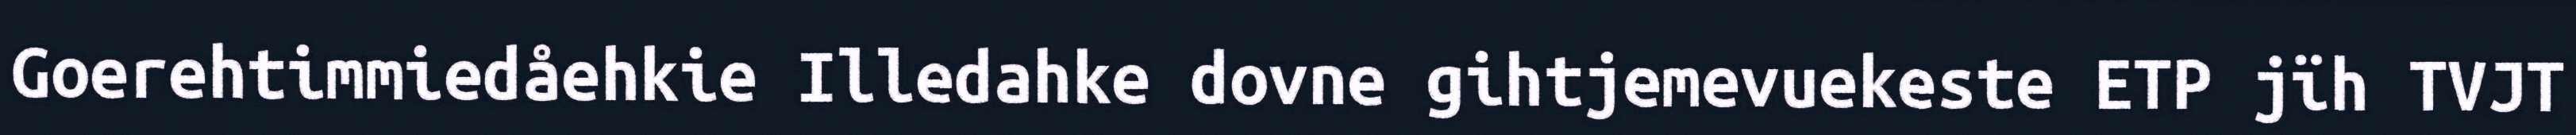
Goerehtimmiedåehkie Illedahke dovne gihtjemevuekeste ETP jïh TVJT